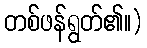
တစ်ဖန်ရွတ်၏။)